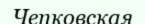
Чепковская